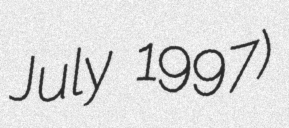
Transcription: July 1997)